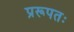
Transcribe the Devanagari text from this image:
प्ररूपतः